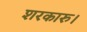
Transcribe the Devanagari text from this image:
शरकारु।